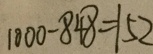
1 0 0 0 - 8 4 8 = 1 5 2